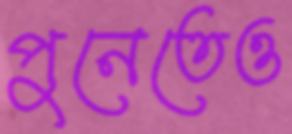
পুনেতেও